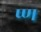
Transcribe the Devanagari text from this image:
प्ण